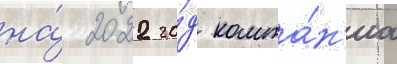
на́ 2022 го́д компа́н'иа